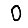
Digit: 0